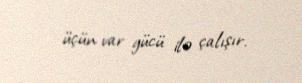
üçün var gücü ilə çalışır.